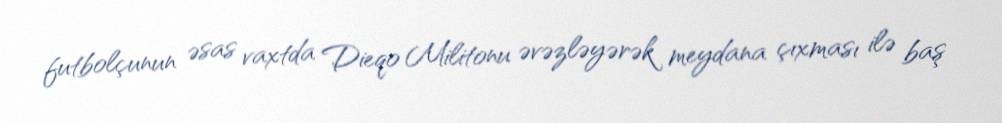
futbolçunun əsas vaxtda Dieqo Militonu əvəzləyərək meydana çıxması ilə baş